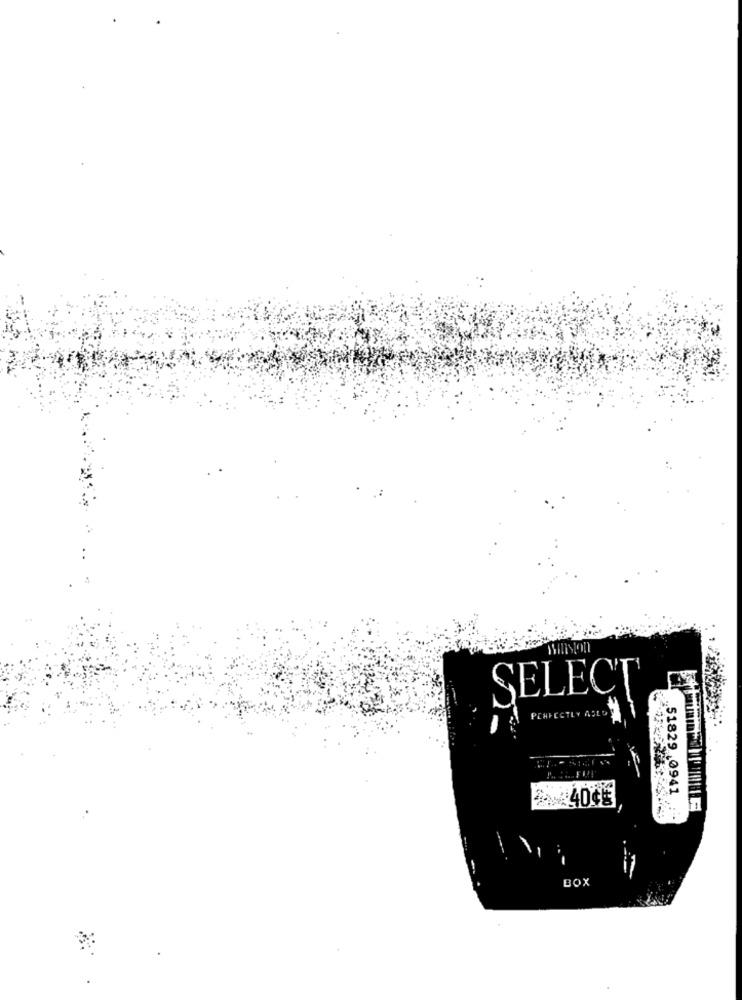
SELECT
PERFECTLY ASEDO
51829.0941
BOX